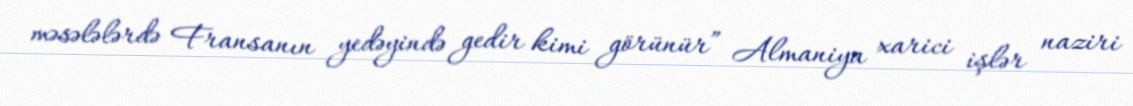
məsələlərdə Fransanın yedəyində gedir kimi görünür” Almaniya xarici işlər naziri